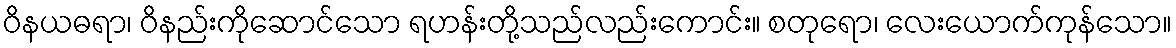
ဝိနယဓရာ၊ ဝိနည်းကိုဆောင်သော ရဟန်းတို့သည်လည်းကောင်း။ စတုရော၊ လေးယောက်ကုန်သော။